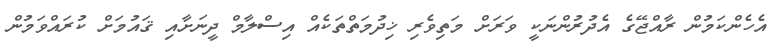
އެހެންކަމުން ރާއްޖޭގެ އެދުރުންނަކީ ވަރަށް މަތިވެރި ޚިދުމަތްތަކެއް އިސްލާމް ދީނަށާއި ޤައުމަށް ކުރައްވަމުން